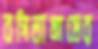
বগিলাগ্রামের